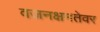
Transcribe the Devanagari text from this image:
वजनक्षमतेवर